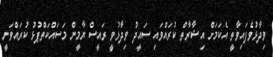
ވިދާޅުވެފައިވާތީ އެކަމަށް އިޝާރާތް ކުރައްވައި ސައީދު ވިދާޅުވީ ރައީސް ޔާމީން މަސައްކަތްޕުޅު ކުރައްވަނީ